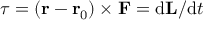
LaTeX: { \boldsymbol { \tau } } = \left( \mathbf { r } - \mathbf { r } _ { 0 } \right) \times \mathbf { F } = \mathrm { d } \mathbf { L } / \mathrm { d } t